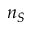
n _ { S }